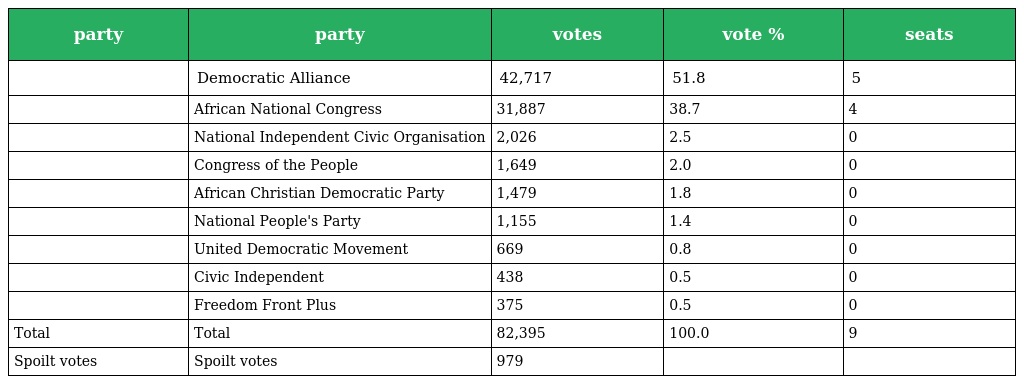
| party | party | votes | vote % | seats |
 | --- | --- | --- | --- | --- |
 |  | Democratic Alliance | 42,717 | 51.8 | 5 |
 |  | African National Congress | 31,887 | 38.7 | 4 |
 |  | National Independent Civic Organisation | 2,026 | 2.5 | 0 |
 |  | Congress of the People | 1,649 | 2.0 | 0 |
 |  | African Christian Democratic Party | 1,479 | 1.8 | 0 |
 |  | National People's Party | 1,155 | 1.4 | 0 |
 |  | United Democratic Movement | 669 | 0.8 | 0 |
 |  | Civic Independent | 438 | 0.5 | 0 |
 |  | Freedom Front Plus | 375 | 0.5 | 0 |
 | Total | Total | 82,395 | 100.0 | 9 |
 | Spoilt votes | Spoilt votes | 979 |  |  |